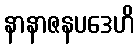
နာနာဇနပဒေဟိ